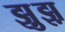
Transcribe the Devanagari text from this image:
झ़ुझ़